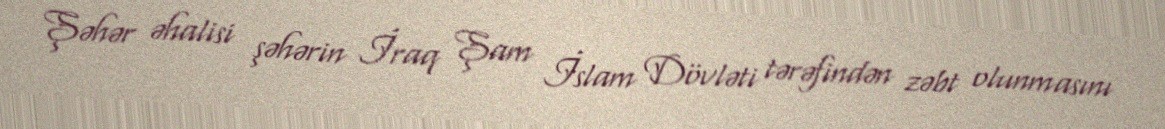
Şəhər əhalisi şəhərin İraq Şam İslam Dövləti tərəfindən zəbt olunmasını